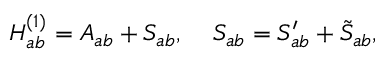
H _ { a b } ^ { ( 1 ) } = A _ { a b } + S _ { a b } , \; \; \; \; S _ { a b } = S _ { a b } ^ { \prime } + \tilde { S } _ { a b } ,